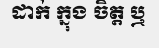
ដាក់ ក្នុង ចិត្ត ឬ